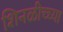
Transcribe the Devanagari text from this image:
शिनळीच्च्या